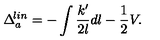
\Delta _ { a } ^ { \! l i n } = - \int \frac { k ^ { \prime } } { 2 l } d l - \frac { 1 } { 2 } V .